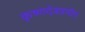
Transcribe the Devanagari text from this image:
कृष्णदेवप्रणीत